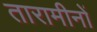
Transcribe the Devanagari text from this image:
तारामीनों